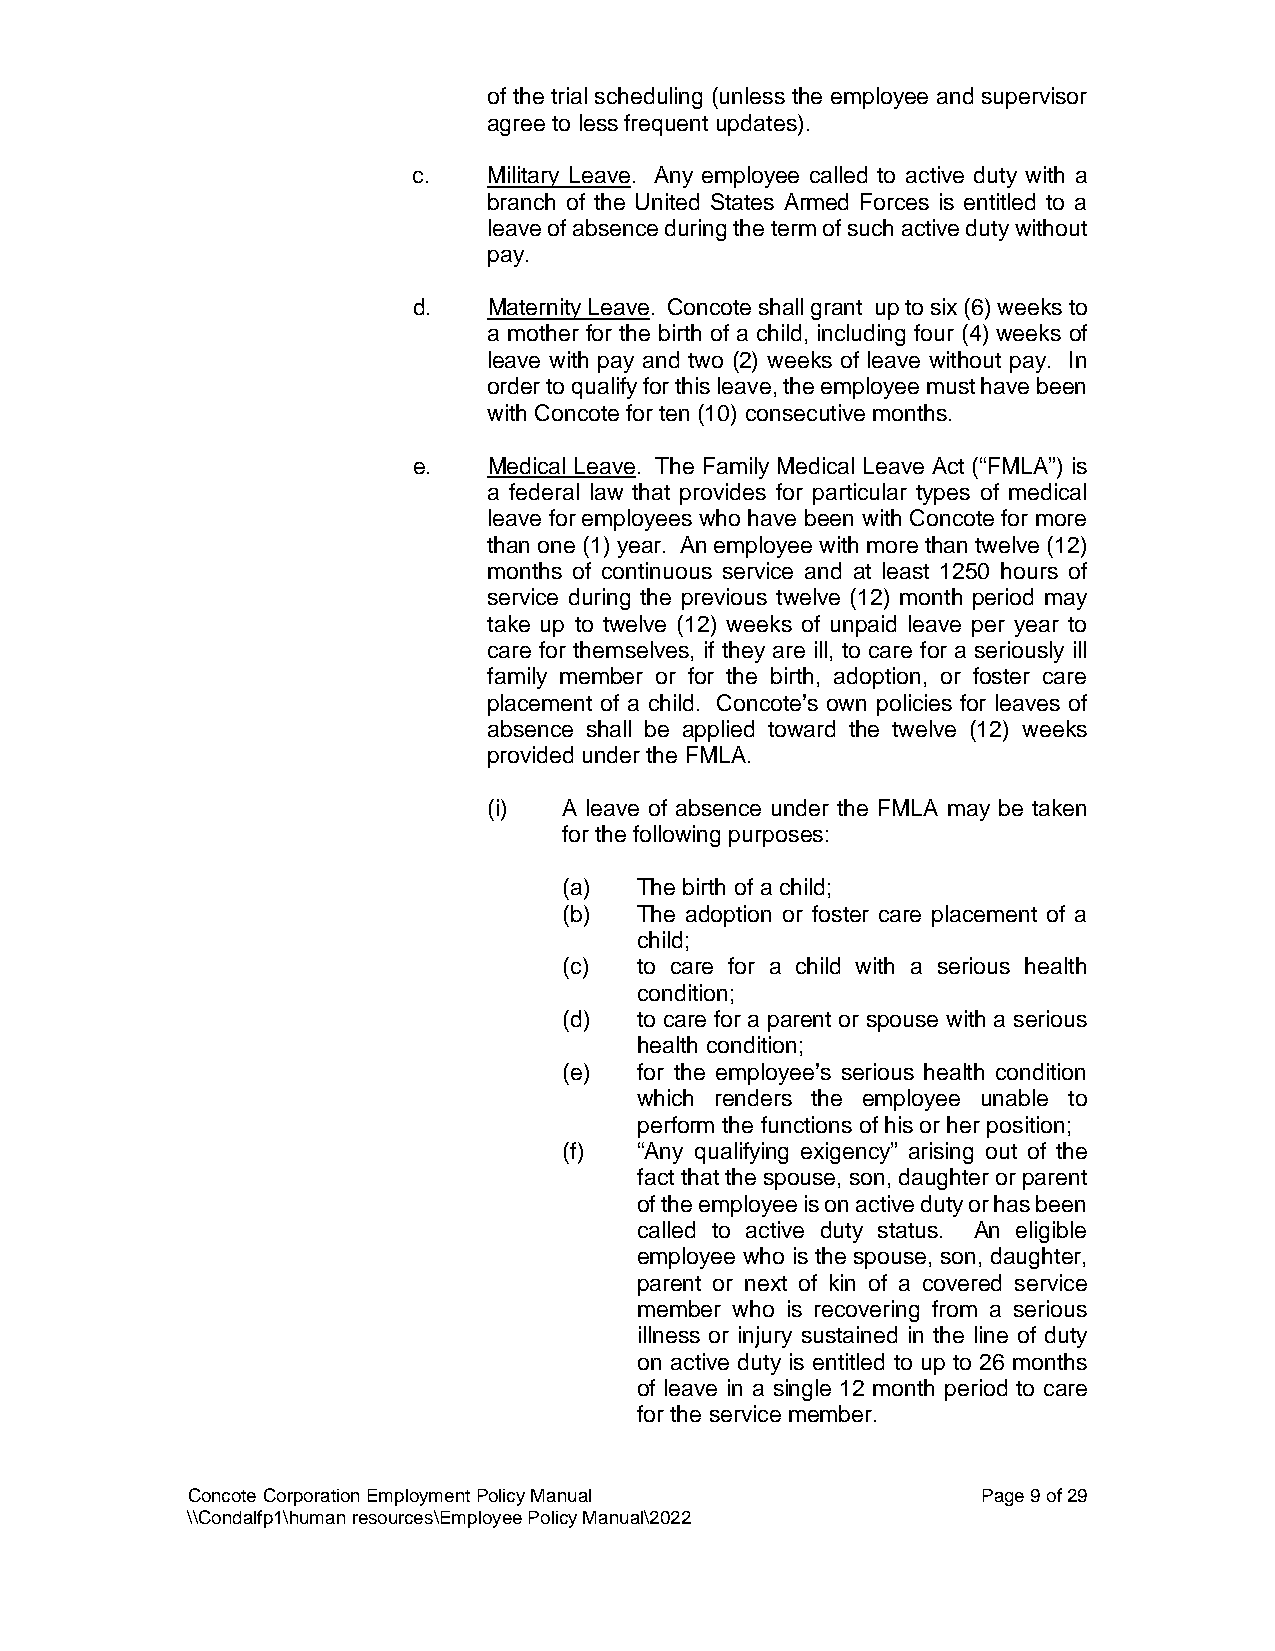
of the trial scheduling (unless the employee and supervisor
 agree to less frequent updates).
 c.   Military Leave. Any employee called to active duty with a
 branch of the United States Armed Forces is entitled to a
 leave of absence during the term of such active duty without
 pay.
 d.   Maternity Leave. Concote shall grant up to six (6) weeks to
 a mother for the birth of a child, including four (4) weeks of
 leave with pay and two (2) weeks of leave without pay. In
 order to qualify for this leave, the employee must have been
 with Concote for ten (10) consecutive months.
 e.   Medical Leave. The Family Medical Leave Act (“FMLA”) is
 a federal law that provides for particular types of medical
 leave for employees who have been with Concote for more
 than one (1) year. An employee with more than twelve (12)
 months of continuous service and at least 1250 hours of
 service during the previous twelve (12) month period may
 take up to twelve (12) weeks of unpaid leave per year to
 care for themselves, if they are ill, to care for a seriously ill
 family member or for the birth, adoption, or foster care
 placement of a child. Concote’s own policies for leaves of
 absence shall be applied toward the twelve (12) weeks
 provided under the FMLA.
 (i)  A leave of absence under the FMLA may be taken
 for the following purposes:
 (a)  The birth of a child;
 (b)  The adoption or foster care placement of a
 child;
 (c)  to care for a child with a serious health
 condition;
 (d)  to care for a parent or spouse with a serious
 health condition;
 (e)  for the employee’s serious health condition
 which renders the employee unable to
 perform the functions of his or her position;
 (f)  “Any qualifying exigency” arising out of the
 fact that the spouse, son, daughter or parent
 of the employee is on active duty or has been
 called to active duty status. An eligible
 employee who is the spouse, son, daughter,
 parent or next of kin of a covered service
 member who is recovering from a serious
 illness or injury sustained in the line of duty
 on active duty is entitled to up to 26 months
 of leave in a single 12 month period to care
 for the service member.
 Concote Corporation Employment Policy Manual         Page 9 of 29
 \\Condalfp1\human resources\Employee Policy Manual\2022